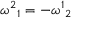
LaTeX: { \omega ^ { 2 } } _ { 1 } = - { \omega ^ { 1 } } _ { 2 }